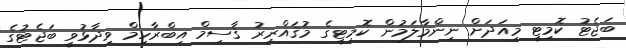
ބަޖެޓު ކޮމިޓީ މިއަދަށް ނިންމާލަމުން ކޮމިޓީގެ މުޤައްރިރު ޤާސިމް އިބްރާހިމް ވިދާޅުވީ ބަޖެޓުގެ